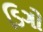
ડિગો